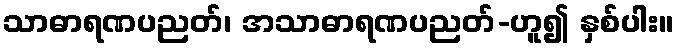
သာဓာရဏပညတ်၊ အသာဓာရဏပညတ်-ဟူ၍ နှစ်ပါး။